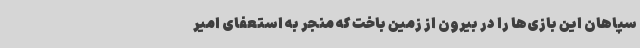
سپاهان این بازی‌ها را در بیرون از زمین باخت که منجر به استعفای امیر